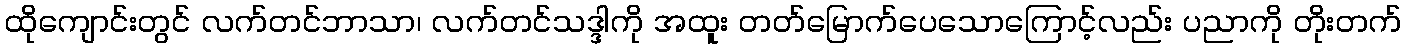
ထိုကျောင်းတွင် လက်တင်ဘာသာ၊ လက်တင်သဒ္ဒါကို အထူး တတ်မြောက်ပေသောကြောင့်လည်း ပညာကို တိုးတက်